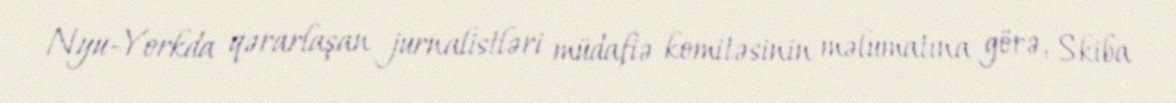
Nyu-Yorkda qərarlaşan jurnalistləri müdafiə komitəsinin məlumatına görə, Skiba